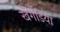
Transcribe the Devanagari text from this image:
खगडिया